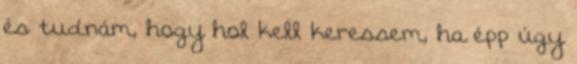
és tudnám, hogy hol kell keressem, ha épp úgy